Annual report of the Prince of Wales Medical College, Patna
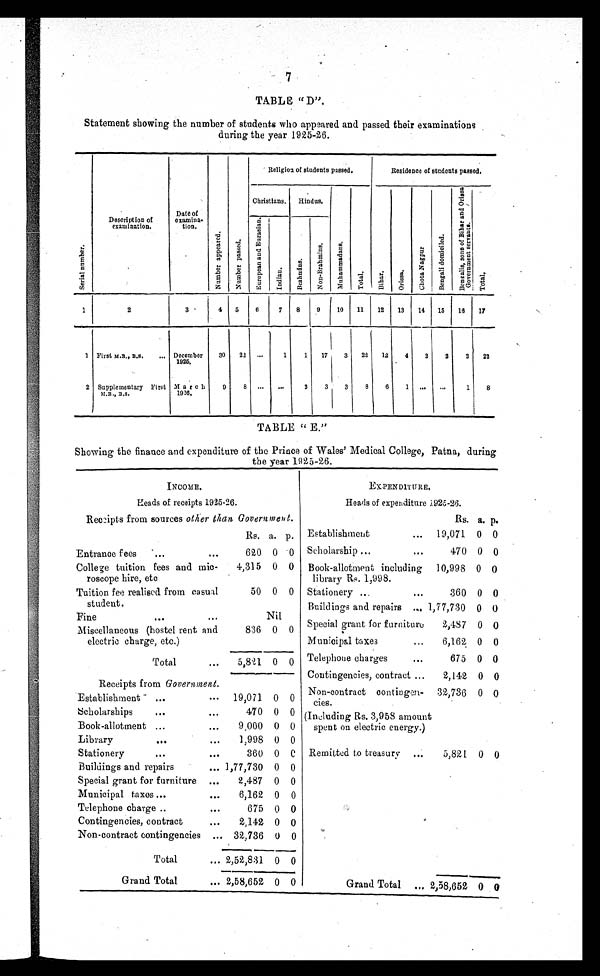
7
TABLE "D".
Statement showing the number of students who appeared and passed their examinations
during the year 1925-26.
S e r i a l n u m b e r .
Description of
examination.
Date of
examina-
tion.
N u m b e r a p p e a r e d .
N u m b e r p a s s e d .
Religioa of students passed.
Residence of students passed.
Christians. Hindus,
M u h a m m a d a n s .
T o t a l
B i h a r .
O r i s s a .
C h o t a N a g p u r
B e n g a l i d o m i e i l e d .
B e n g a l i s , s o n s o f B i h a t a n d O r i s s a
G o v e r n m e n t s e r v a n t s .
T o t a l
E u r o p e a n a n d E u r a s i a n .
I n d i a n .
B r a h m i n s .
N o n - B r a h m i n s .
1
2
3
4 5
6
7 8
9
10 11 12 13 14 15 18 17
1 First M.B., B.S. December
1925,
30 22 ...
1
1 17
3 22 12
4
2
2
2 22
2 Supplementary First
M.B., B,S.
M a r c
h
1926.
9
8 ...
...
2
3
3
8
6
1 ... ...
1
8
TABLE "E."
Showing the finance and expenditure of the Prince of Wales' Medical College, Patna, during
the year 1925-26,
INCOME.
EXPENDITURE.
Heads of receipts 1925-26.
Heads of expenditure 1925-26.
Receipts from sources other than Government .
Rs. a. p.
Rs. a. p. Establishment
... 19,071 0 0
Entrance fees
...
. . .
620 0 0 Scholarship ...
...
470 0 0
College tuition fees and mie-
roscope hire, etc
4,315 0 0 Book-allotment including
library Rs. 1,99 8.
10,998 0 0
Tuition fee realised from casual
student.
50 0 0 Stationery ...
...
Buildings and repairs ...
360
1,77,730
0
0
0
0
Fine
...
. . .
Nil
Special grant for furniture
2,487 0 0
Miscellaneous (hostel rent and
electric charge, etc.)
836 0 0
Municipal taxes
...
6,162 0 0
Total
. . .
5 , 8 2 1 0 0 Telephone charges
...
675 0 0
Contingencies, contract ...
2,142 0 0
Receipts from Government.
Non - contract contingen
cies.
32,736 0 0
Establishment
...
. . . 19,071 0 0
scholarships
...
. . .
470 0 0 (Including Rs. 3,958 amount
spent on electric energy.)
Book-allotment ...
. . .
9,000 0 0
Library
...
. . .
1,998 0 0
Stationery
...
...
360 0 0 Remitted to treasury ...
5,821 0 0
Buildings and repairs
... 1,77,730 0 0
Special grant for furniture ...
2,487 0 0
Municipal taxes ...
...
6,162 0 0
Telephone charge ..
. . .
675 0 0
Contingencies, contract
. . .
2,142 0 0
Non-contract contingencies ... 32,736 0 0
Total
... 2,52,831 0 0
Grand Total
... 2,58,652 0
0
Grand Total ... 2,58,652 0 0